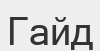
Гайд